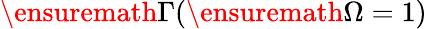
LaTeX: \ensuremath{\Gamma}(\ensuremath{\Omega}=1)